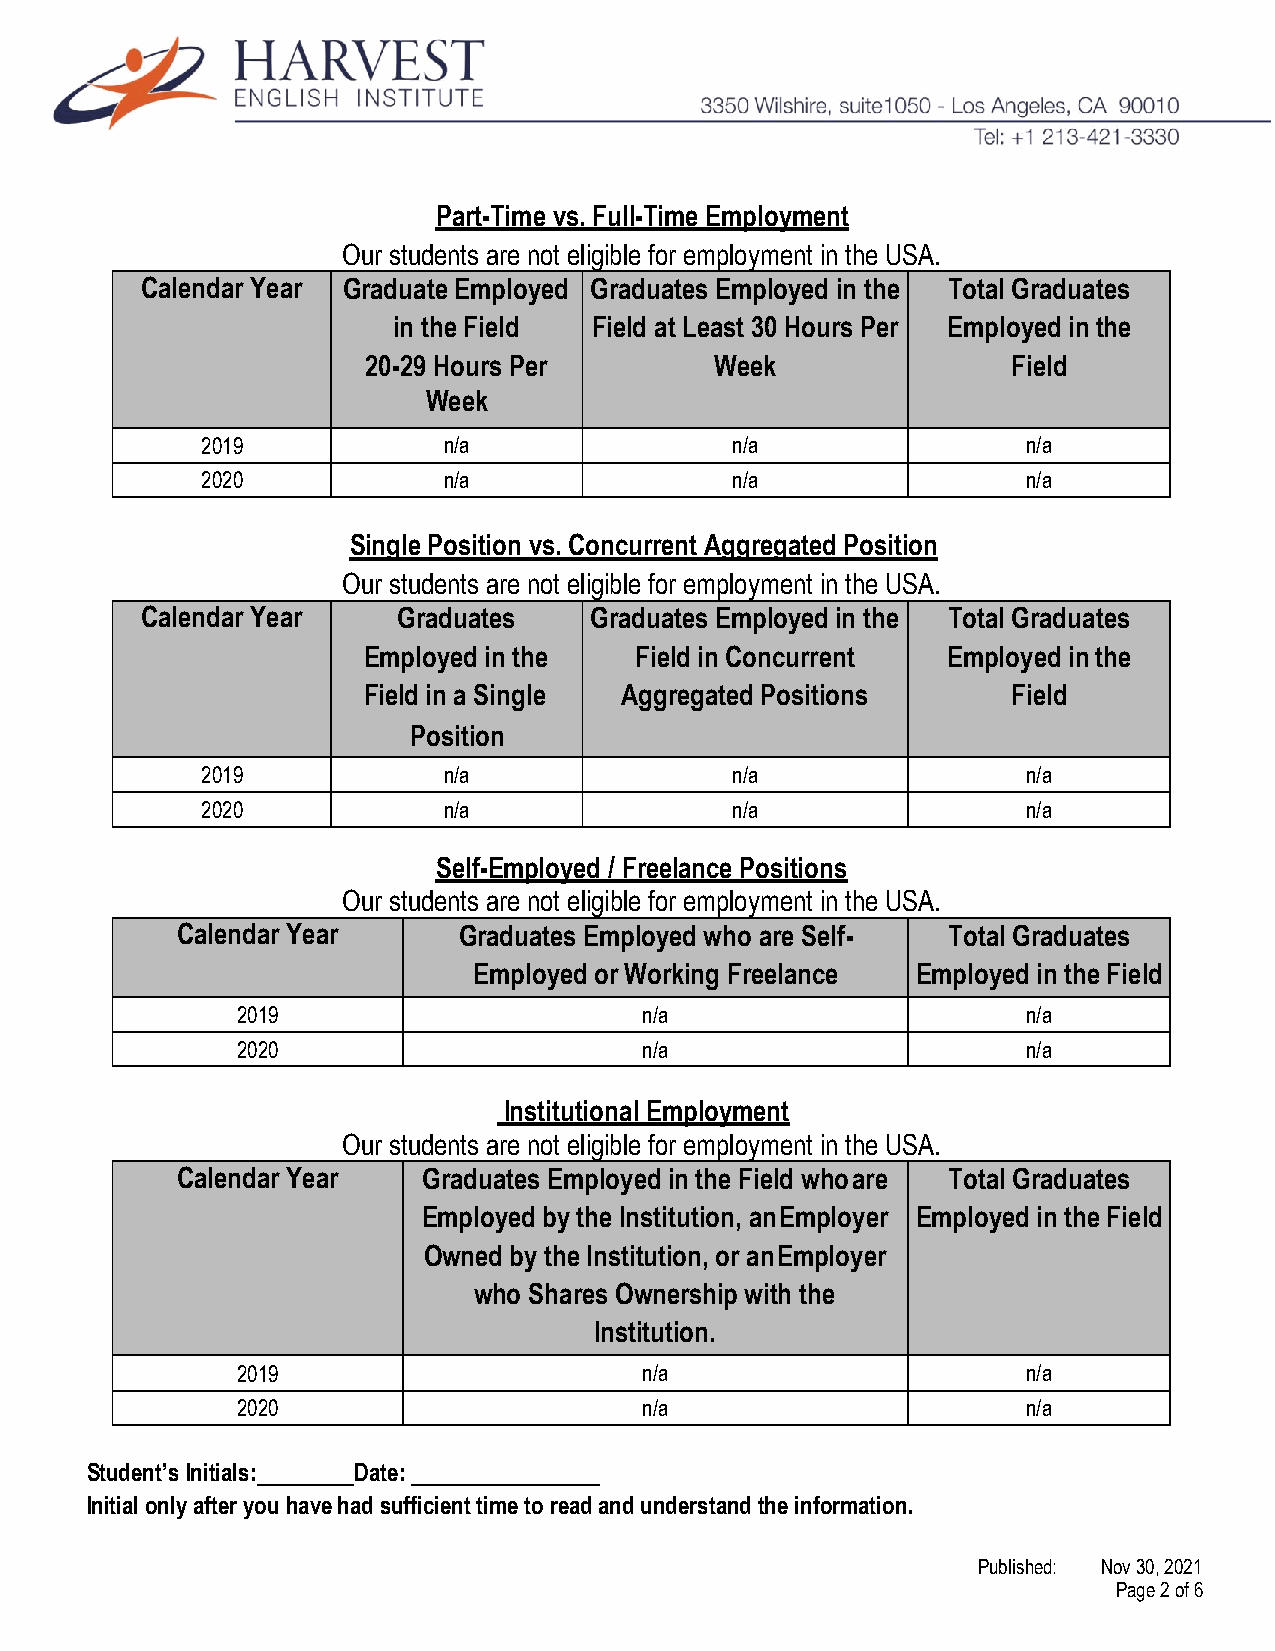
Part-Time vs. Full-Time Employment
 Our students are not eligible for employment in the USA.
 Calendar Year Graduate Employed Graduates Employed in the Total Graduates
 in the Field Field at Least 30 Hours Per Employed in the
 20-29 Hours Per        Week                Field
 Week
 2019            n/a                n/a                 n/a
 2020            n/a                n/a                 n/a
 Single Position vs. Concurrent Aggregated Position
 Our students are not eligible for employment in the USA.
 Calendar Year    Graduates    Graduates Employed in the Total Graduates
 Employed in the   Field in Concurrent  Employed in the
 Field in a Single Aggregated Positions     Field
 Position
 2019            n/a                n/a                 n/a
 2020            n/a                n/a                 n/a
 Self-Employed / Freelance Positions
 Our students are not eligible for employment in the USA.
 Calendar Year     Graduates Employed who are Self- Total Graduates
 Employed or Working Freelance Employed in the Field
 2019                       n/a                      n/a
 2020                       n/a                      n/a
 Institutional Employment
 Our students are not eligible for employment in the USA.
 Calendar Year   Graduates Employed in the Field who are Total Graduates
 Employed by the Institution, an Employer Employed in the Field
 Owned by the Institution, or an Employer
 who Shares Ownership with the
 Institution.
 2019                       n/a                      n/a
 2020                       n/a                      n/a
 Student’s Initials: Date:
 Initial only after you have had sufficient time to read and understand the information.
 Published: Nov 30, 2021
 Page 2 of 6